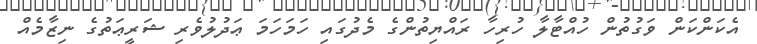
އެކަންކަން ވަގުތުން ހުއްޓާލާ ހުރިހާ ރައްޔިތުންގެ މެދުގައި ހަމަހަމަ ޢަދުލުވެރި ޝަރީޢަތުގެ ނިޒާމެއް